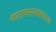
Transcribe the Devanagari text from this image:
कारागारान्धकारघ्नः